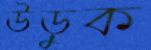
উড়ুক